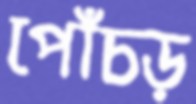
পোঁচড়